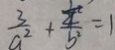
\frac { 3 } { a ^ { 2 } } + \frac { \frac { 1 } { 4 } } { b ^ { 2 } } = 1